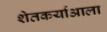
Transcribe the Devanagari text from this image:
शेतकर्याआला